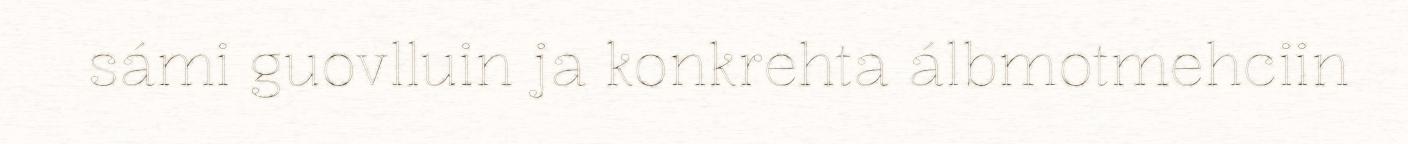
sámi guovlluin ja konkrehta álbmotmehciin